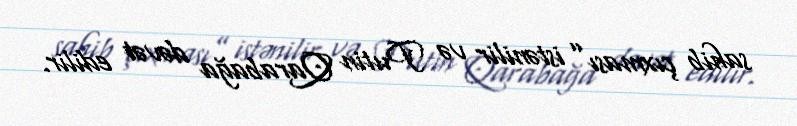
sahib çıxması” istənilir və Putin Qarabağa dəvət edilir.